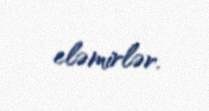
eləmirlər.